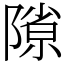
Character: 𨻶